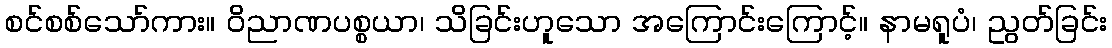
စင်စစ်သော်ကား။ ဝိညာဏပစ္စယာ၊ သိခြင်းဟူသော အကြောင်းကြောင့်။ နာမရူပံ၊ ညွတ်ခြင်း